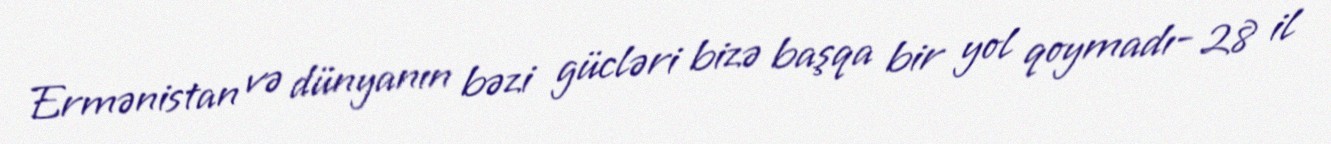
Ermənistan və dünyanın bəzi gücləri bizə başqa bir yol qoymadı- 28 il